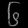
Digit: ၆